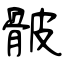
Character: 骳